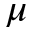
\mu